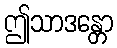
ဤသာဒန္တော